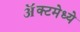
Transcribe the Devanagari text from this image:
ॲक्टमेध्ये